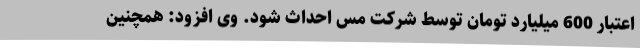
اعتبار 600 میلیارد تومان توسط شرکت مس احداث شود. وی افزود: همچنین